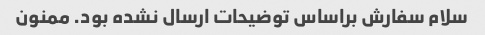
سلام سفارش براساس توضیحات ارسال نشده بود. ممنون